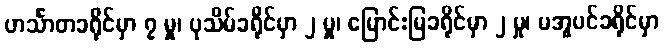
ဟင်္သာတခရိုင်မှာ ၇ မှု၊ ပုသိမ်ခရိုင်မှာ ၂ မှု၊ မြောင်းမြခရိုင်မှာ ၂ မှု၊ မအူပင်ခရိုင်မှာ